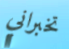
تخبراني